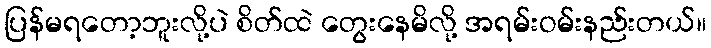
ပြန်မရတော့ဘူးလို့ပဲ စိတ်ထဲ တွေးနေမိလို့ အရမ်းဝမ်းနည်းတယ်။